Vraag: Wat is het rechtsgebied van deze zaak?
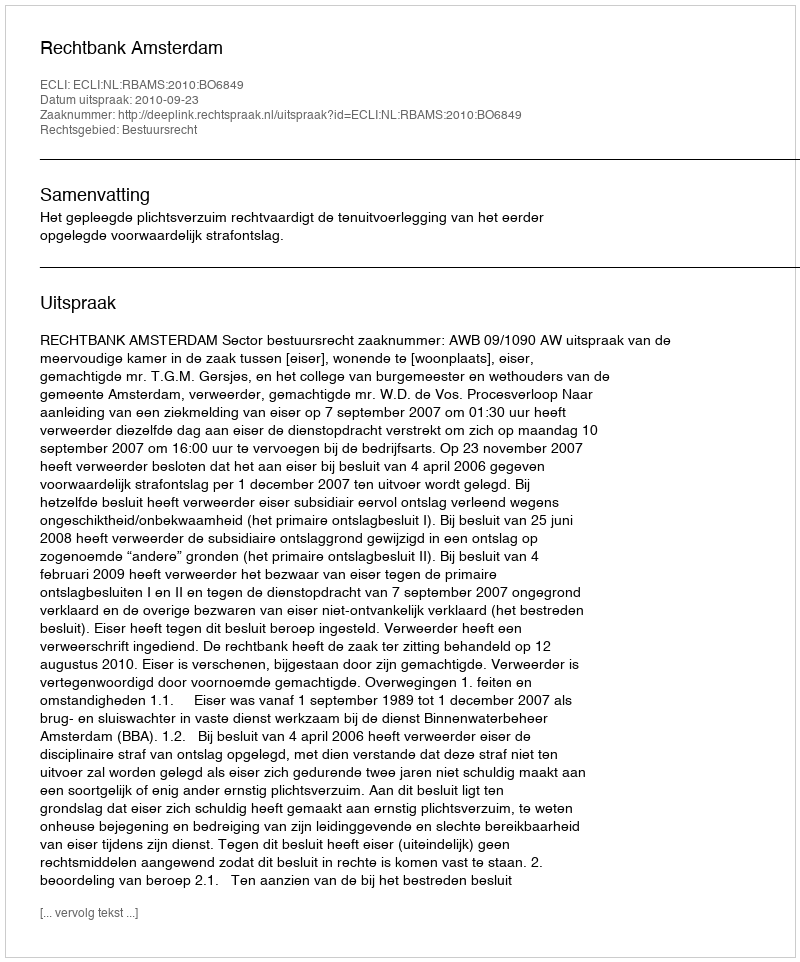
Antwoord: Bestuursrecht